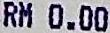
RM 0.00